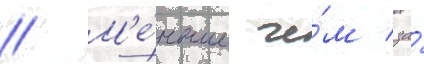
// М'е́ньше че́м за́